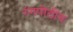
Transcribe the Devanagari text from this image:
रंगपीठीय